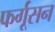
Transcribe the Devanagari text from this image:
फर्गूसन